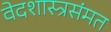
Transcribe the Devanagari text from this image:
वेदशास्त्रसंमत